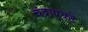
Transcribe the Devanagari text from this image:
चंद्राएवढे